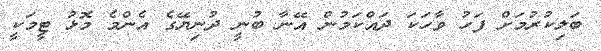
ބަލިކުރުމަށް ފަހު ވާހަކަ ދައްކަމުން އޭނާ ބުނީ ދުނިޔޭގެ އެންމެ މޮޅު ޓީމަކީ